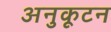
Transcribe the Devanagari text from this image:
अनुकूटन